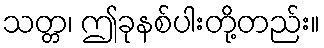
သတ္တ၊ ဤခုနစ်ပါးတို့တည်း။